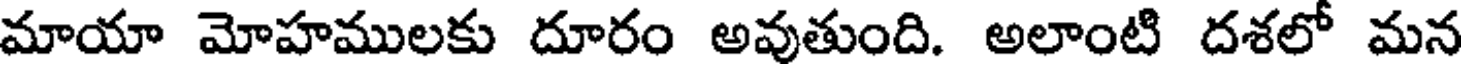
మాయా మోహములకు దూరం అవుతుంది. అలాంటి దశలో మన